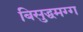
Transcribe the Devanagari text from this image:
बिसुद्धमग्ग